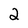
Character: 2